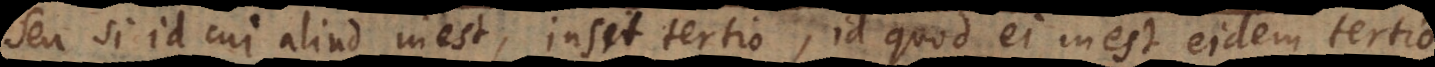
Seu si id cui aliud inest, insit tertio, id quod ei inest eidem tertio